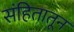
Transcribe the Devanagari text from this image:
संहितातून